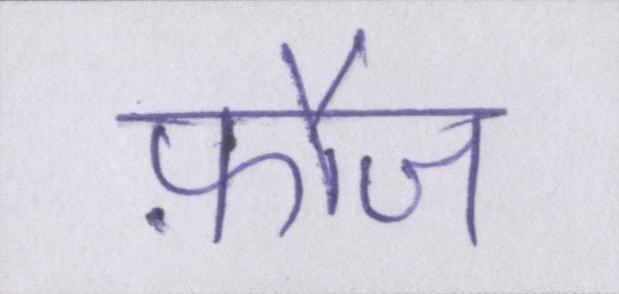
फ़ौज